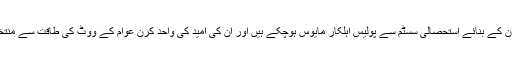
پی ایس پی افسران کے بنائے استحصالی سسٹم سے پولیس اہلکار مایوس ہوچکے ہیں اور ان کی امید کی واحد کرن عوام کے ووٹ کی طاقت سے منتخب حکمران ہیں۔